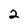
Character: 2